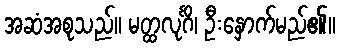
အဆံအစုသည်။ မတ္ထလုင်္ဂိ၊ ဦးနှောက်မည်၏။